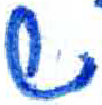
אות: ש